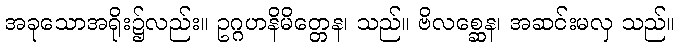
အခုသောအရိုး၌လည်း။ ဥဂ္ဂဟနိမိတ္တေန၊ သည်။ ဗိလစ္ဆေန၊ အဆင်းမလှ သည်။